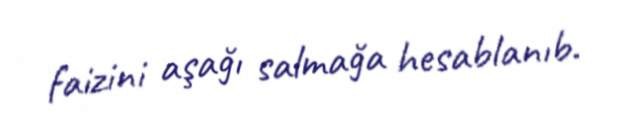
faizini aşağı salmağa hesablanıb.